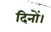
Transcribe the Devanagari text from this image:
दिनों।